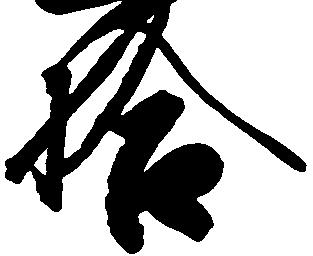
拾